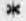
*